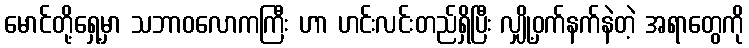
မောင်တို့ရှေ့မှာ သဘာဝလောကကြီး ဟာ ဟင်းလင်းတည်ရှိပြီး လျှို့ဝှက်နက်နဲတဲ့ အရာတွေကို